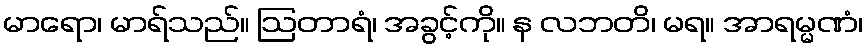
မာရော၊ မာရ်သည်။ ဩတာရံ၊ အခွင့်ကို။ န လဘတိ၊ မရ။ အာရမ္မဏံ၊